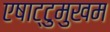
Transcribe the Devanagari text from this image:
एषाट्टुमुखम